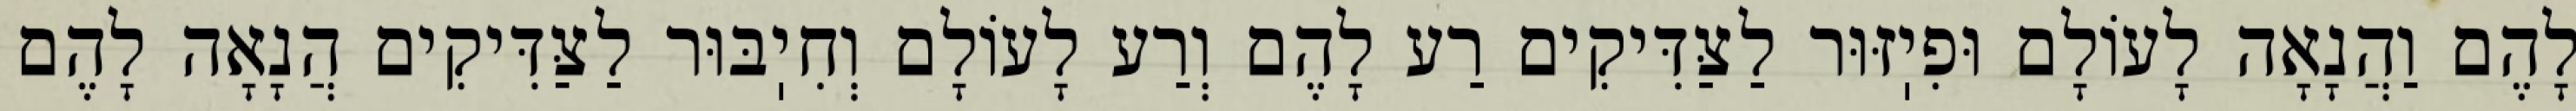
לָהֶם וַהֲנָאָה לָעוֹלָם וּפִיֽזּוּר לַצַּדִּיקִים רַע לָהֶם וְרַע לָעוֹלָם וְחִיֽבּוּר לַצַּדִּיקִים הֲנָאָה לָהֶם